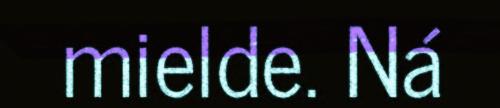
mielde. Ná